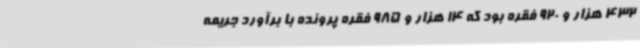
432 هزار و 920 فقره بود که 14 هزار و 985 فقره پرونده با برآورد جریمه